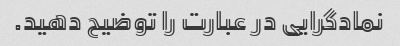
نمادگرایی در عبارت را توضیح دهید.